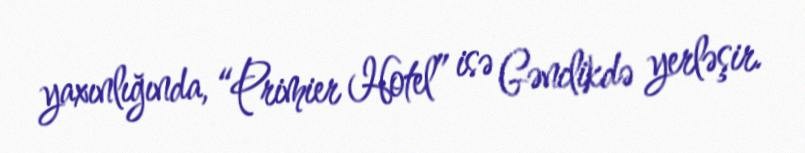
yaxınlığında, “Primier Hotel” isə Gənclikdə yerləşir.